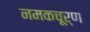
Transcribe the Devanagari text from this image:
नमकचूर्ण